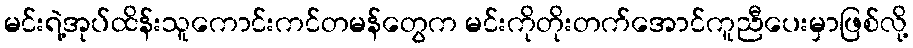
မင်းရဲ့အုပ်ထိန်းသူကောင်းကင်တမန်တွေက မင်းကိုတိုးတက်အောင်ကူညီပေးမှာဖြစ်လို့